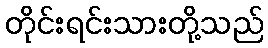
တိုင်းရင်းသားတို့သည်